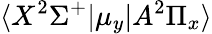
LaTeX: \langle X^{2}\Sigma^{+}|\mu_{y}|A^{2}\Pi_{x}\rangle